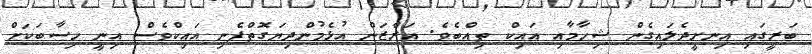
ބަރީގައި އިނށީދެލައިގެން ޝިހާމާއި އައިކް ތިއްބެވެ. އަރްޒަން އުޅެމުންދިޔަގޮތްފެނި އައިކްވެެސް އިނީ ހިސާބަކަށް